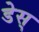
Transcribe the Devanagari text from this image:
डेस्